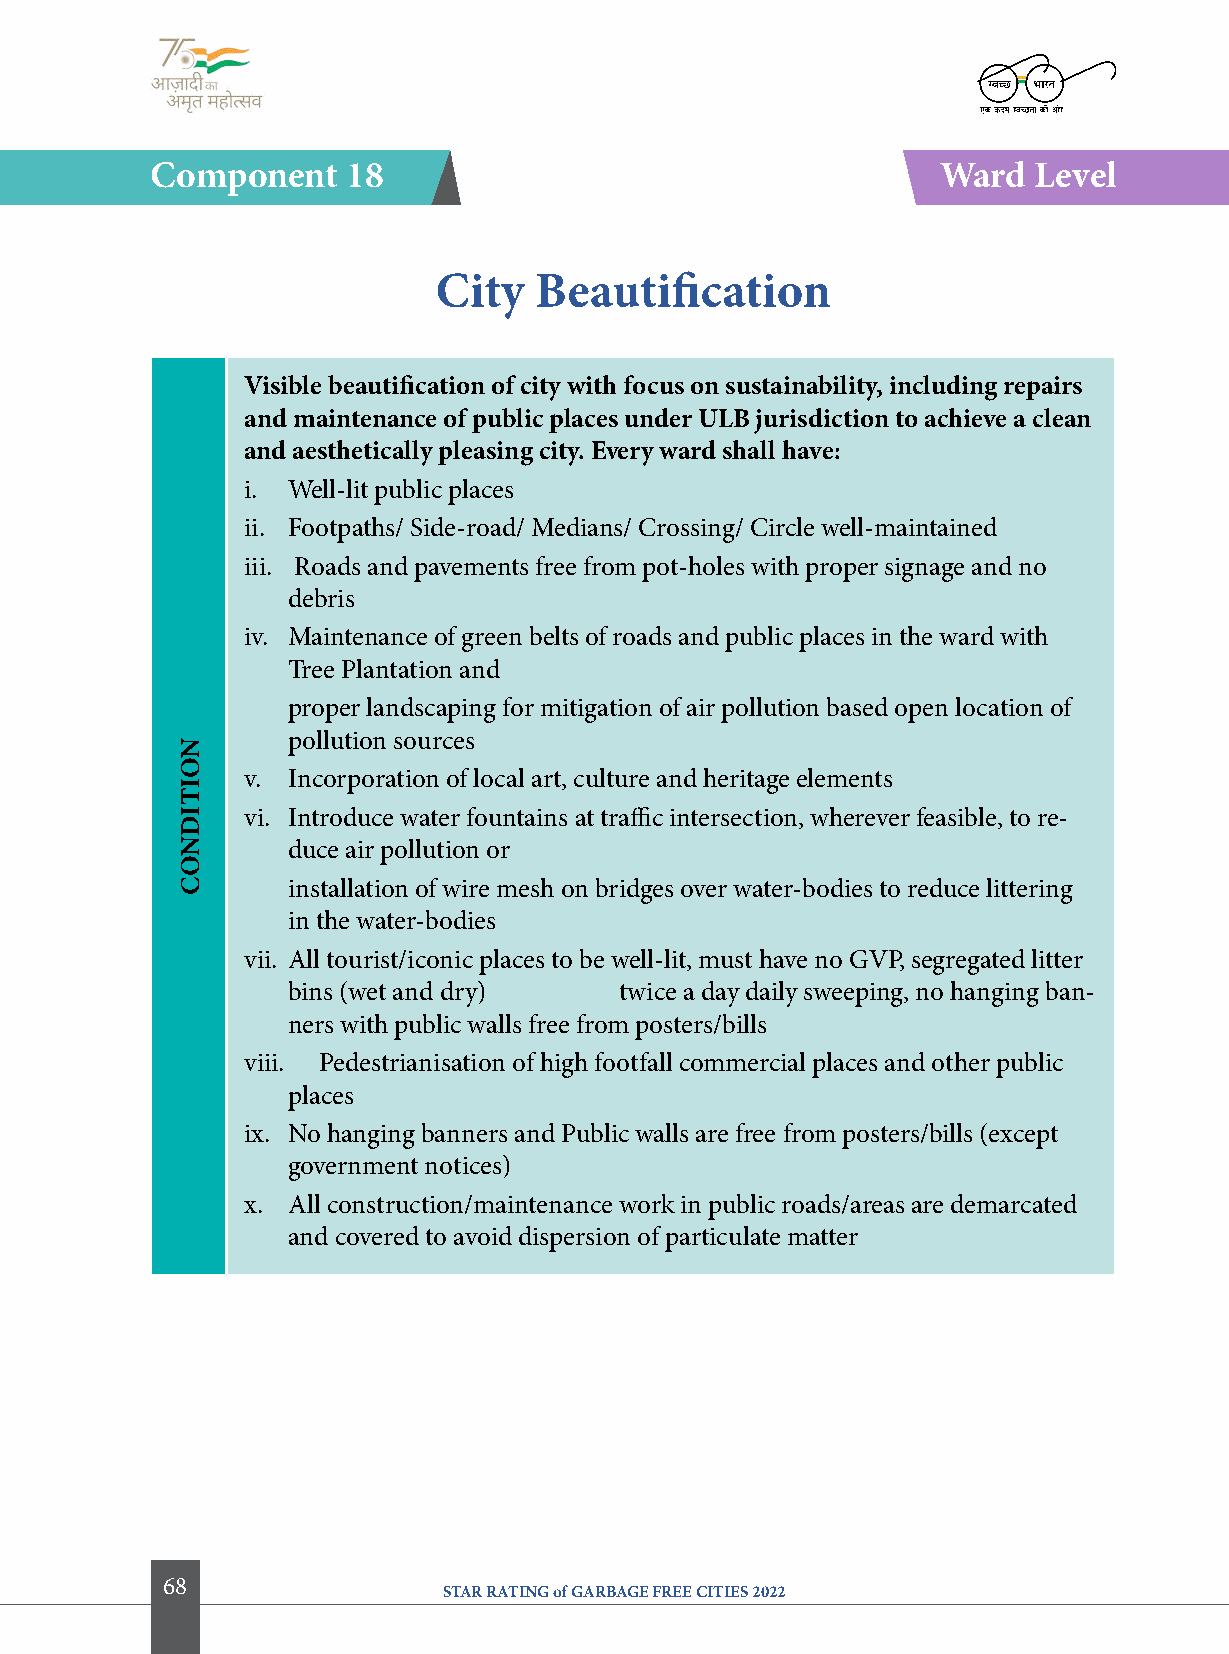
component    18                                     Ward  level
 city  Beautification
 Visible beautification of city with focus on sustainability, including repairs
 and maintenance of public places under UlB jurisdiction to achieve a clean
 and aesthetically pleasing city. every ward shall have:
 i. Well-lit public places
 ii. Footpaths/ Side-road/ Medians/ Crossing/ Circle well-maintained
 iii. Roads and pavements free from pot-holes with proper signage and no
 debris
 iv. Maintenance of green belts of roads and public places in the ward with
 Tree Plantation and
 proper landscaping for mitigation of air pollution based open location of
 pollution sources
 v. Incorporation of local art, culture and heritage elements
 vi. Introduce water fountains at traffic intersection, wherever feasible, to re-
 duce air pollution or
 installation of wire mesh on bridges over water-bodies to reduce littering
 in the water-bodies
 vii. All tourist/iconic places to be well-lit, must have no GVP, segregated litter
 bins (wet and dry)    twice a day daily sweeping, no hanging ban-
 ners with public walls free from posters/bills
 viii. Pedestrianisation of high footfall commercial places and other public
 places
 ix. No hanging banners and Public walls are free from posters/bills (except
 government notices)
 x. All construction/maintenance work in public roads/areas are demarcated
 and covered to avoid dispersion of particulate matter
 68
 STAR RATING of GARBAGE FREE CITIES 2022
 NoitiDNoc